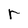
Character: r